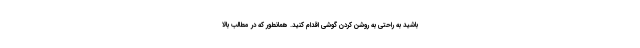
باشید به راحتی به روشن کردن گوشی اقدام کنید. همانطور که در مطالب بالا